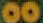
00